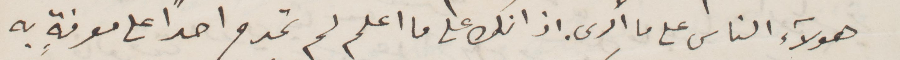
هؤلاء الناس على ما أرى وانك على ما اعلم لم تمدح أحدًا على معرفة به